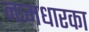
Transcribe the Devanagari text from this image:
नामधारका